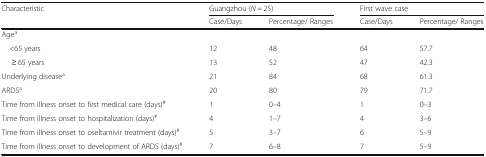
<table><thead><tr><td rowspan="2"><b>Characteristic</b></td><td colspan="2"><b>Guangzhou (<i>N</i> = 25)</b></td><td colspan="2"><b>First wave case</b></td></tr><tr><td><b>Case/Days</b></td><td><b>Percentage/ Ranges</b></td><td><b>Case/Days</b></td><td><b>Percentage/ Ranges</b></td></tr></thead><tbody><tr><td>Age<sup>a</sup></td><td></td><td></td><td></td><td></td></tr><tr><td> &lt;65 years</td><td>12</td><td>48</td><td>64</td><td>57.7</td></tr><tr><td>≥ 65 years</td><td>13</td><td>52</td><td>47</td><td>42.3</td></tr><tr><td>Underlying disease<sup>a</sup></td><td>21</td><td>84</td><td>68</td><td>61.3</td></tr><tr><td>ARDS<sup>a</sup></td><td>20</td><td>80</td><td>79</td><td>71.7</td></tr><tr><td>Time from illness onset to first medical care (days)<sup>#</sup></td><td>1</td><td>0–4</td><td>1</td><td>0–3</td></tr><tr><td>Time from illness onset to hospitalization (days)<sup>#</sup></td><td>4</td><td>1–7</td><td>4</td><td>3–6</td></tr><tr><td>Time from illness onset to oseltamivir treatment (days)<sup>#</sup></td><td>5</td><td>3–7</td><td>6</td><td>5–9</td></tr><tr><td>Time from illness onset to development of ARDS (days)<sup>#</sup></td><td>7</td><td>6–8</td><td>7</td><td>5–9</td></tr></tbody></table>